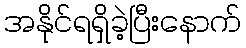
အနိုင်ရရှိခဲ့ပြီးနောက်